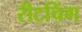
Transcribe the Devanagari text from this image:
रीटचिंग